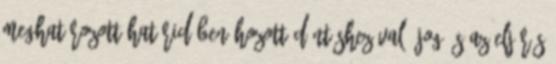
meghatározott határidőben hozott döntéshez való jog és az eljárás